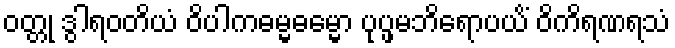
ဝတ္တု ဒွါရဝတိယံ ဝိပါကဓမ္မဓမ္မော ပုပ္ဖမဘိရောပယိံ ဝိကိရဏရသံ